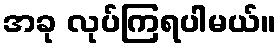
အခု လုပ်ကြရပါမယ်။